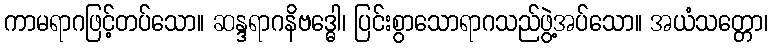
ကာမရာဂဖြင့်တပ်သော။ ဆန္ဒရာဂနိဗဒ္ဓေါ၊ ပြင်းစွာသောရာဂသည်ဖွဲ့အပ်သော။ အယံသတ္တော၊